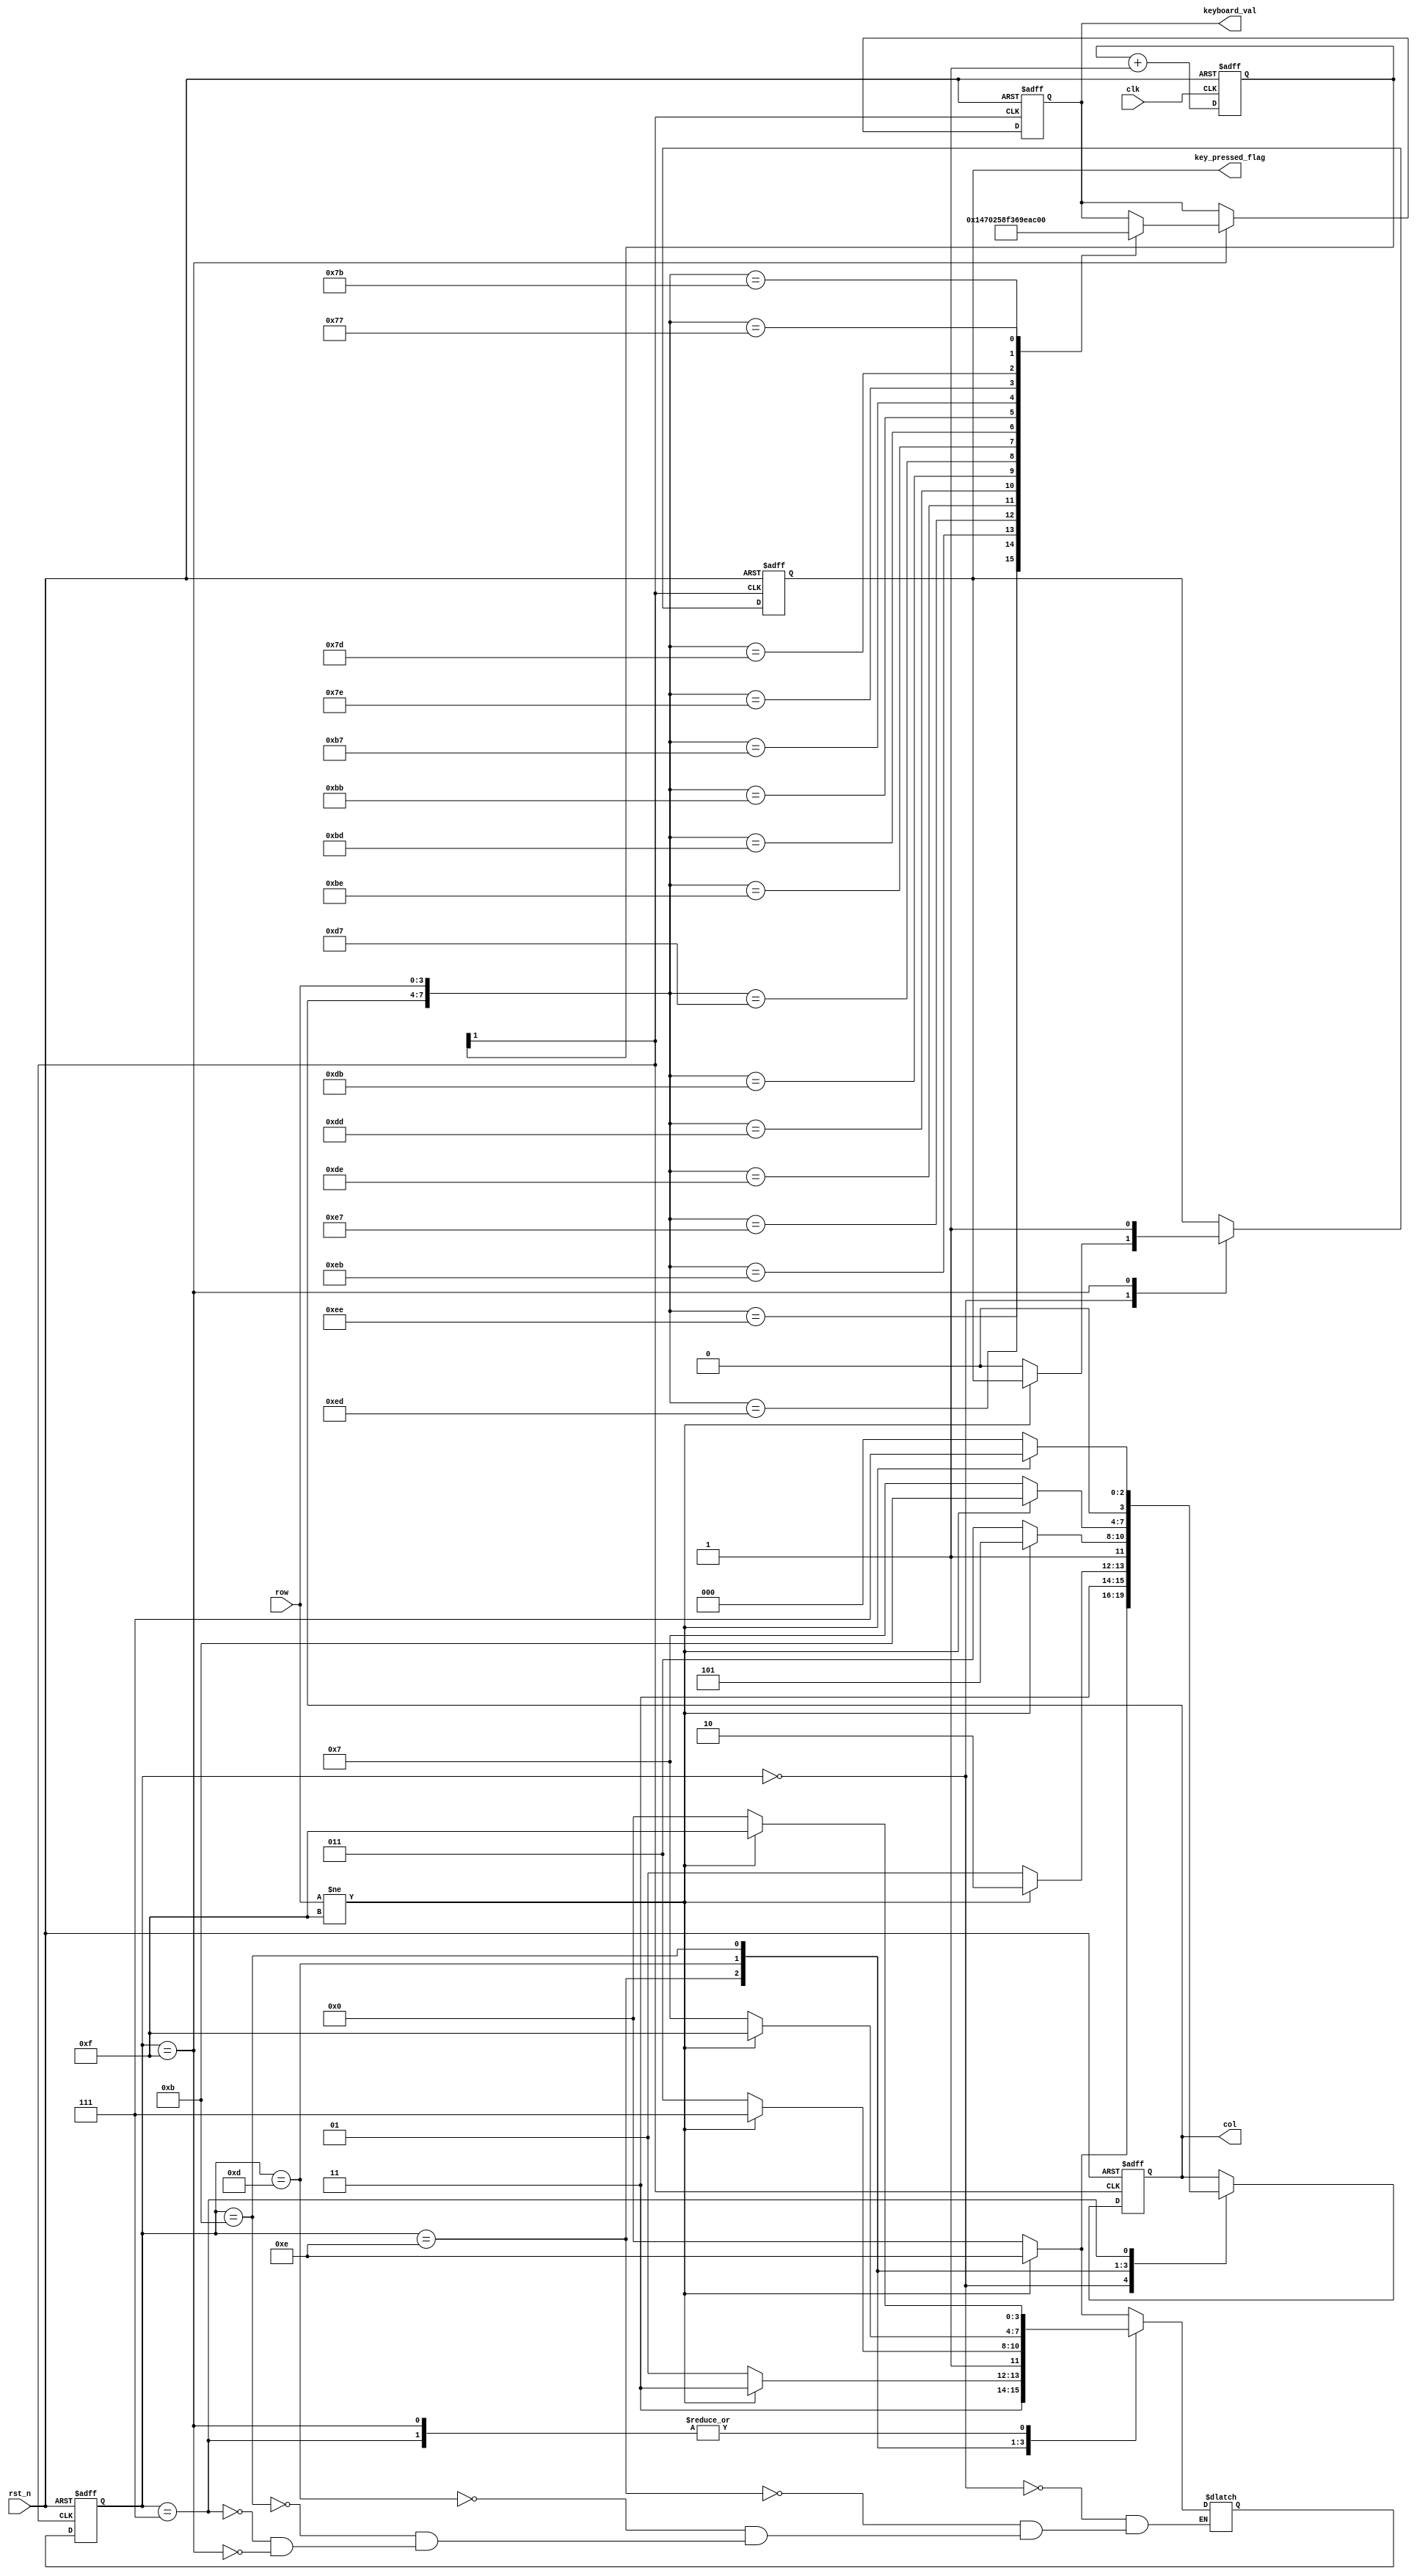
`timescale 1ns / 1ps
//////////////////////////////////////////////////////////////////////////////////
// Company: 
// Engineer: 
// 
// Design Name: 
// Module Name: KeyDriver
// Project Name: 
// Target Devices: 
// Tool Versions: 
// Description: 
// 
// Dependencies: 
// 
// Revision:
// Revision 0.01 - File Created
// Additional Comments:
// 
//////////////////////////////////////////////////////////////////////////////////


module KeyDriver(
    input wire clk, //250Hz
    input wire rst_n,
    input wire[3:0] row,
    output reg [3:0] col,
    output reg [3:0] keyboard_val,
    output reg key_pressed_flag
);

//
//wire key_clk  = clk;

//
reg [1:0] cnt; 
 
always @ (posedge clk, negedge rst_n)
  if (!rst_n)
    cnt <= 0;
  else
    cnt <= cnt + 1'b1;
wire key_clk = cnt[1];  //47Hz

//
parameter SCAN_COL0      = 4'b1110;  // 0 
parameter SCAN_COL1      = 4'b1101;  // 1 
parameter SCAN_COL2      = 4'b1011;  // 2 
parameter SCAN_COL3      = 4'b0111;  // 3 
parameter NO_KEY_PRESSED = 4'b0000;  //  
parameter KEY_PRESSED    = 4'b1111;  // 

reg [3:0] current_state, next_state;

//
always @ (posedge key_clk, negedge rst_n)
  if (!rst_n)
    current_state <= NO_KEY_PRESSED;
  else
    current_state <= next_state;

// 
always @(current_state,row)
  case (current_state)
    NO_KEY_PRESSED :                    // 
        if (row != 4'b1111)
          next_state = SCAN_COL0;
        else
          next_state = NO_KEY_PRESSED;
    SCAN_COL0 :                         // 0 
        if (row != 4'b1111)
          next_state = KEY_PRESSED;
        else
          next_state = SCAN_COL1;
    SCAN_COL1 :                         // 1 
        if (row != 4'b1111)
          next_state = KEY_PRESSED;
        else
          next_state = SCAN_COL2;    
    SCAN_COL2 :                         // 2
        if (row != 4'b1111)
          next_state = KEY_PRESSED;
        else
          next_state = SCAN_COL3;
    SCAN_COL3 :                         // 3
        if (row != 4'b1111)
          next_state = KEY_PRESSED;
        else
          next_state = NO_KEY_PRESSED;
    KEY_PRESSED :                       // 
        if (row != 4'b1111)
          next_state = KEY_PRESSED;
        else
          next_state = NO_KEY_PRESSED;                      
  endcase
  
  
 // reg [3:0] col_val, row_val;             // 
 
//
 always @ (posedge key_clk, negedge rst_n)
    if (!rst_n)
    begin
      col <= 4'b0000;
      key_pressed_flag <= 0;
      keyboard_val <= 4'h0;
    end 
    else
      case (current_state)
        NO_KEY_PRESSED :                  // 
            if(row != 4'b1111)
                col = 4'b1110;
            else
                begin
                col <= 4'b0000;
                key_pressed_flag <= 0;       // 
                end    
        SCAN_COL0 :                       // 0
            if(row != 4'b1111)
                col <= 4'b1110;
            else
                col <= 4'b1101;    
        SCAN_COL1 :                      // 1
            if(row != 4'b1111)                   
                  col <= 4'b1101;    
            else  
                  col <= 4'b1011; 
        SCAN_COL2 :                       // 2
             if(row != 4'b1111)                   
                  col <= 4'b1011;    
             else  
                  col <= 4'b0111;  
        SCAN_COL3 :                       // 3
            if(row != 4'b1111)                   
                 col <= 4'b0111;    
            else  
                 col <= 4'b0000;     
        KEY_PRESSED :                     // 
            begin
//              col_val <= col;                 // 
//              row_val <= row;                 // 
              
                case ({col, row})
                    8'b1110_1110 : keyboard_val <= 4'h1;
                    8'b1110_1101 : keyboard_val <= 4'h4;
                    8'b1110_1011 : keyboard_val <= 4'h7;
                    8'b1110_0111 : keyboard_val <= 4'h0;
                     
                    8'b1101_1110 : keyboard_val <= 4'h2;
                    8'b1101_1101 : keyboard_val <= 4'h5;
                    8'b1101_1011 : keyboard_val <= 4'h8;
                    8'b1101_0111 : keyboard_val <= 4'hF;
                     
                    8'b1011_1110 : keyboard_val <= 4'h3;
                    8'b1011_1101 : keyboard_val <= 4'h6;
                    8'b1011_1011 : keyboard_val <= 4'h9;
                    8'b1011_0111 : keyboard_val <= 4'hE;
                     
                    8'b0111_1110 : keyboard_val <= 4'hA; 
                    8'b0111_1101 : keyboard_val <= 4'hB;
                    8'b0111_1011 : keyboard_val <= 4'hC;
                    8'b0111_0111 : keyboard_val <= 4'hD;        
              endcase
              key_pressed_flag <= 1;          //   
            end
      endcase
endmodule